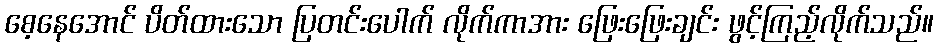
စေ့နေအောင် ပိတ်ထားသော ပြတင်းပေါက် လိုက်ကာအား ဖြေးဖြေးချင်း ဖွင့်ကြည့်လိုက်သည်။